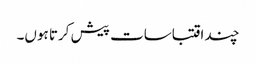
چند اقتباسات پیش کرتا ہوں۔